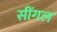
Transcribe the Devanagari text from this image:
सींगल